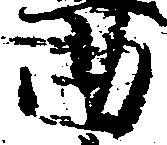
曲